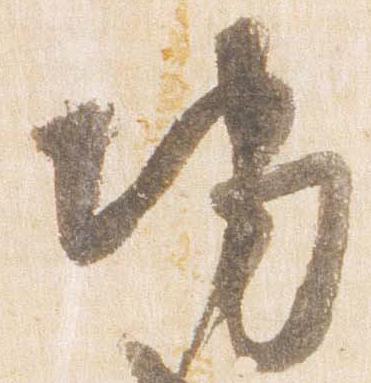
地